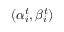
( \alpha _ { i } ^ { t } , \beta _ { i } ^ { t } )